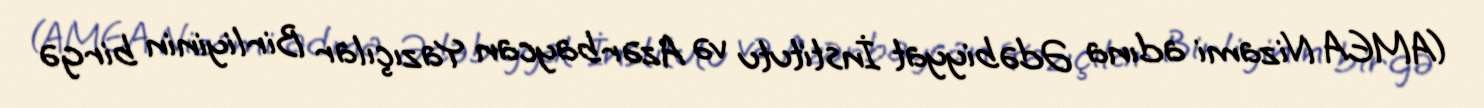
(AMEA Nizami adına Ədəbiyyat İnstitutu və Azərbaycan Yazıçılar Birliyinin birgə